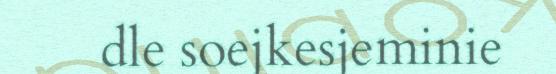
dle soejkesjeminie